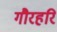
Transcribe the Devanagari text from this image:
गौरहरि